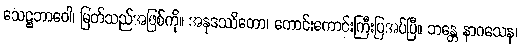
သေဋ္ဌဘာဝေါ၊ မြတ်သည်အဖြစ်ကို။ အနုဒဿိတော၊ ကောင်းကောင်းကြီးပြအပ်ပြီ။ ဘန္တေ နာဂသေန၊